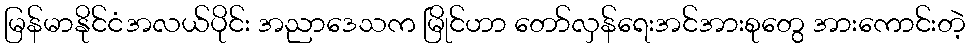
မြန်မာနိုင်ငံအလယ်ပိုင်း အညာဒေသက မြိုင်ဟာ တော်လှန်ရေးအင်အားစုတွေ အားကောင်းတဲ့